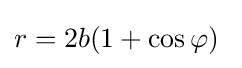
r=2b(1+\cos \varphi )\